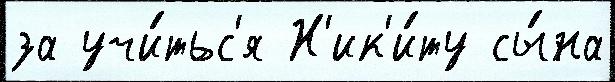
за учи́тьс'я Н'ик'и́ту сы́на